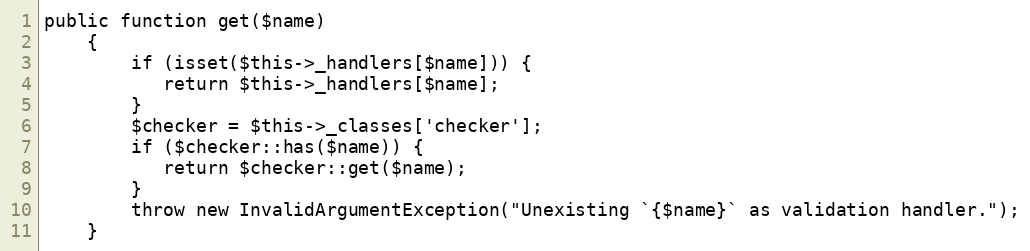
Language: PHP
public function get($name)
    {
        if (isset($this->_handlers[$name])) {
           return $this->_handlers[$name];
        }
        $checker = $this->_classes['checker'];
        if ($checker::has($name)) {
           return $checker::get($name);
        }
        throw new InvalidArgumentException("Unexisting `{$name}` as validation handler.");
    }